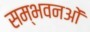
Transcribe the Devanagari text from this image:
सम्भवनओं